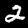
Label: 2